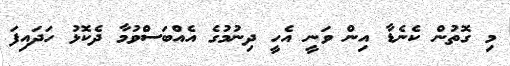
މި ގޮތުން ކެނެޑާ އިން ވަނީ އެހީ ދިނުމުގެ އެއްބަސްވުމާ ދެކޮޅު ހަދައިފަ